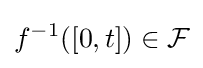
f^{-1}([0,t])\in {\mathcal {F}}